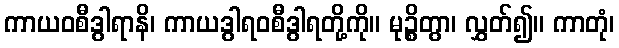
ကာယဝစီဒွါရာနိ၊ ကာယဒွါရဝစီဒွါရတို့ကို။ မုဉ္စိတွာ၊ လွှတ်၍။ ကာတုံ၊